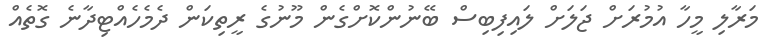
މަރާލި މީހާ އުމުރަށް ޖަލަށް ލައިފިބިސް ބޭނުންކޮށްގެން މޫނުގެ ރީތިކަން ދެމެހެއްޓިދާނެ ގޮތެއް